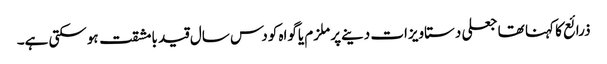
ذرائع کا کہنا تھا جعلی دستاویزات دینےپر ملزم یاگواہ کودس سال قید بامشقت ہوسکتی ہے۔